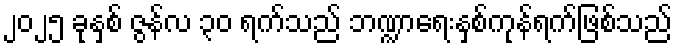
၂၀၂၅ ခုနှစ် ဇွန်လ ၃၀ ရက်သည် ဘဏ္ဍာရေးနှစ်ကုန်ရက်ဖြစ်သည်